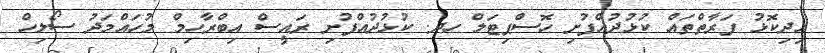
އިދިކޮޅު ފަރާތްތައް ކުޅުދުއްފުށި ހޮސްޕިޓަލް ހދ. ކުޅުދުއްފުށި ރައީސް އިބްރާހިމް މުހައްމަދު ސޯލިހް